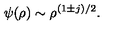
\psi ( \rho ) \sim \rho ^ { ( 1 \pm j ) / 2 } .